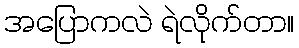
အပြောကလဲ ရဲလိုက်တာ။